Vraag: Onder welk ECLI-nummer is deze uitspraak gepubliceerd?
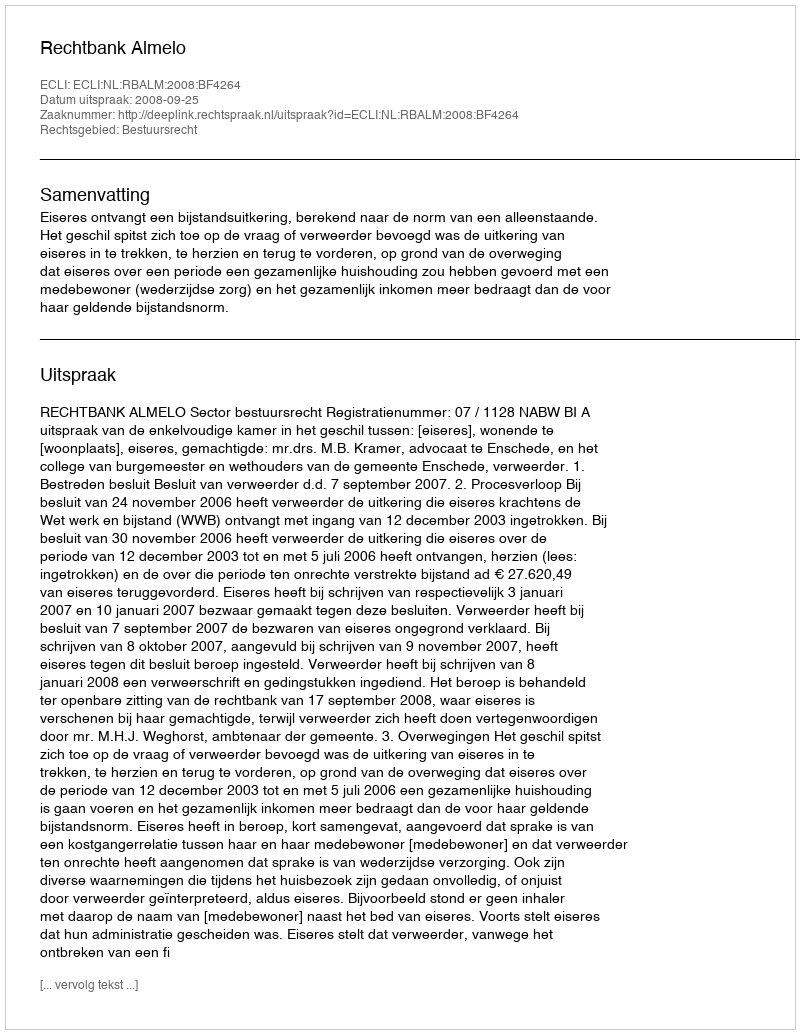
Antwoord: ECLI:NL:RBALM:2008:BF4264